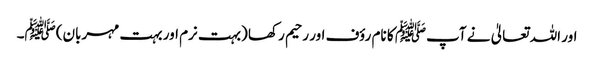
اور اللہ تعالیٰ نے آپﷺ کا نام رؤف اور رحیم رکھا (بہت نرم اور بہت مہربان)ﷺ۔